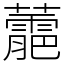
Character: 蘎